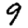
Digit: 9